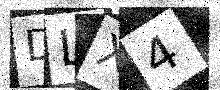
Text: DLX4